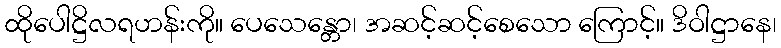
ထိုပေါဋ္ဌိလရဟန်းကို။ ပေသေန္တော၊ အဆင့်ဆင့်စေသော ကြောင့်။ ဒိဝါဋ္ဌာနေ၊